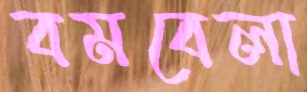
বমবেলা